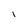
Character: l